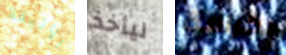
الأنيقة ليأخذ بكرامة